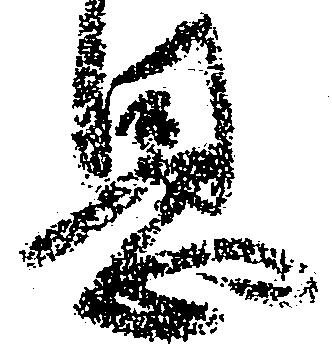
恩